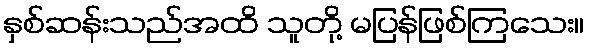
နှစ်ဆန်းသည်အထိ သူတို့ မပြန်ဖြစ်ကြသေး။